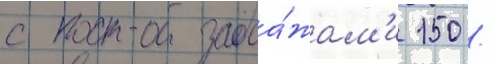
с прода́жам'и 150 /